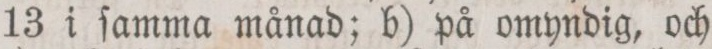
13 i ſamma månad; b) på omyndig, och